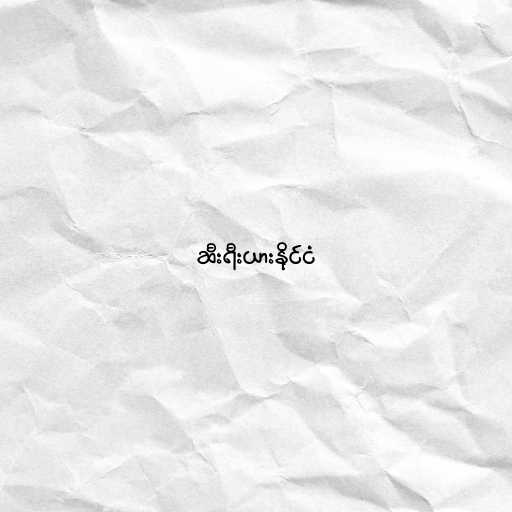
ဆီးရီးယားနိုင်ငံ